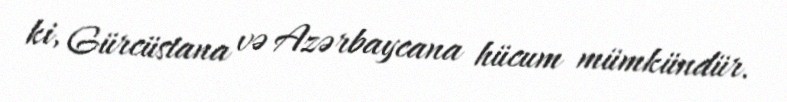
ki, Gürcüstana və Azərbaycana hücum mümkündür.